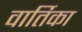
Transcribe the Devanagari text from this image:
वार्तिका